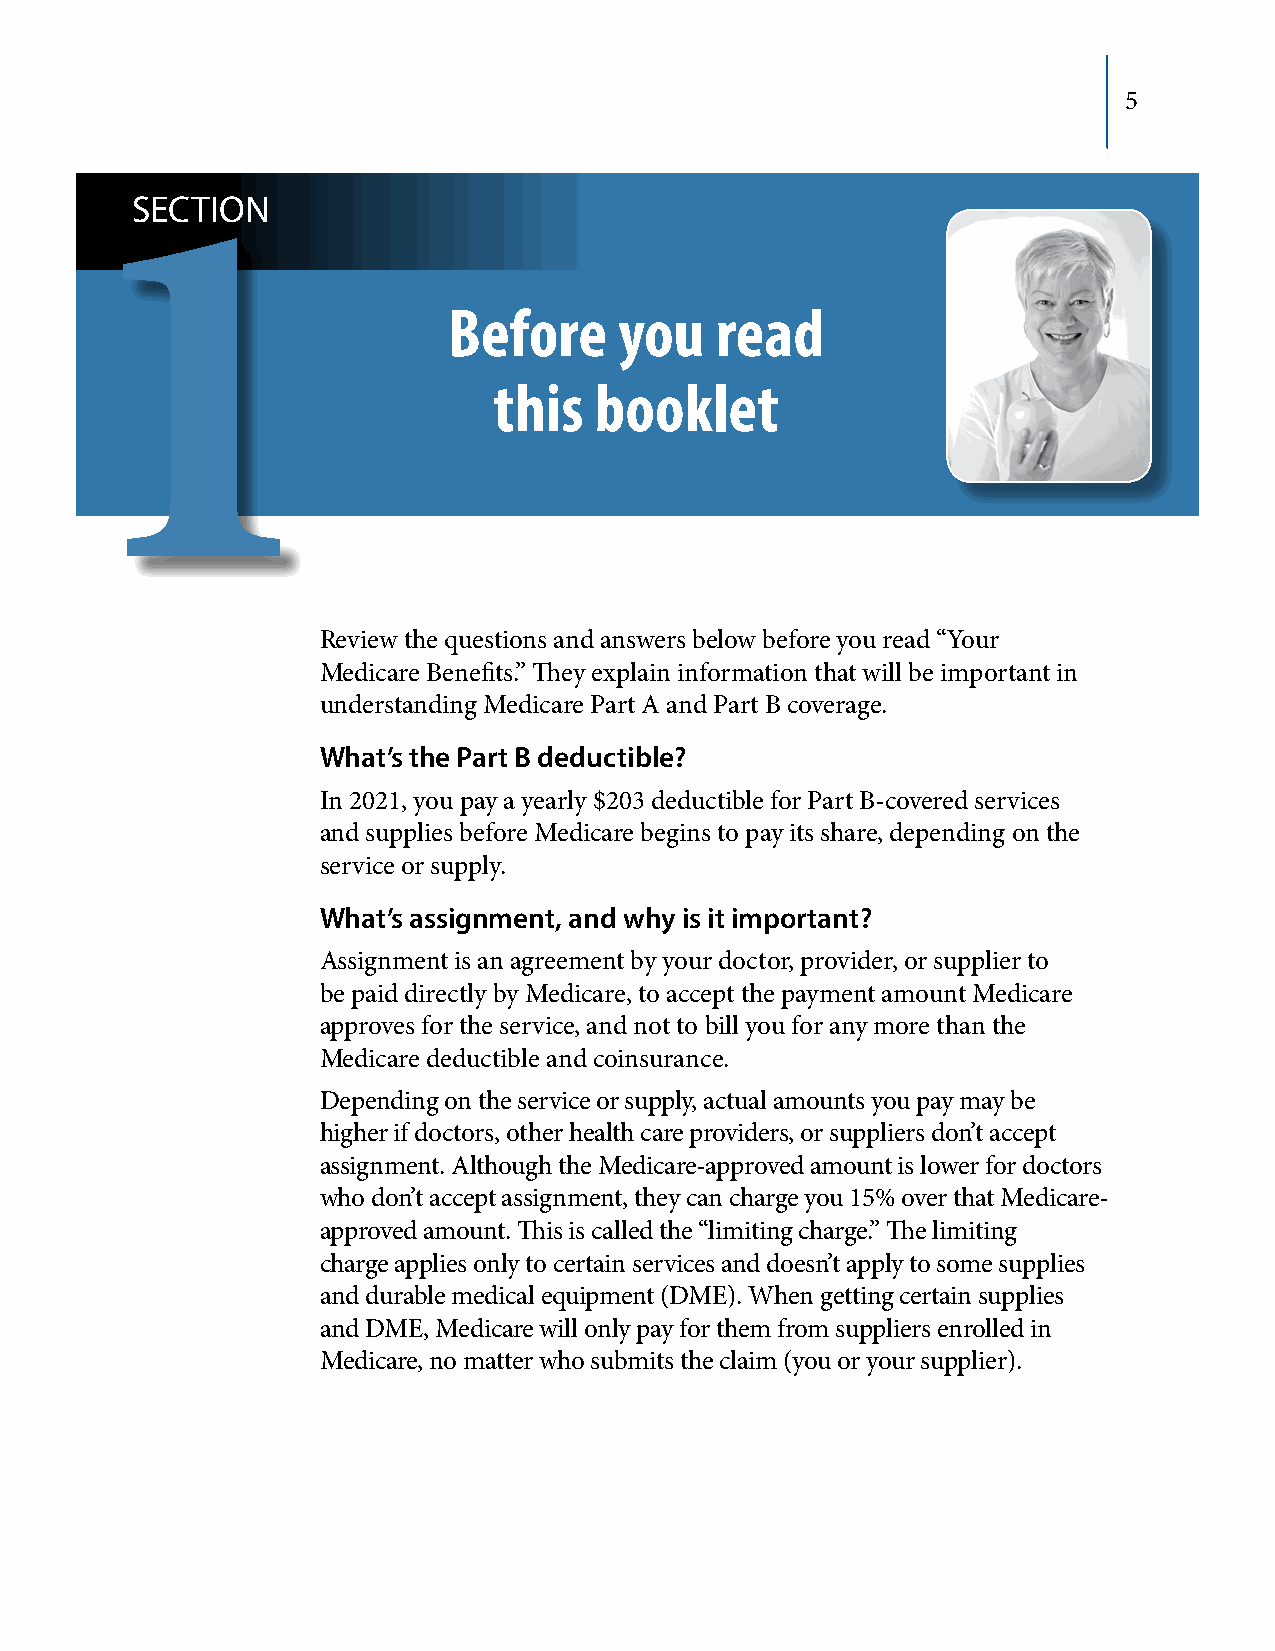
5
 SECTION
 1
 Before     you   read
 this  booklet
 Review the questions and answers below before you read “Your
 Medicare Benefits.” They explain information that will be important in
 understanding Medicare Part A and Part B coverage.
 What’s the Part B deductible?
 In 2021, you pay a yearly $203 deductible for Part B-covered services
 and supplies before Medicare begins to pay its share, depending on the
 service or supply.
 What’s assignment, and why is it important?
 Assignment is an agreement by your doctor, provider, or supplier to
 be paid directly by Medicare, to accept the payment amount Medicare
 approves for the service, and not to bill you for any more than the
 Medicare deductible and coinsurance.
 Depending on the service or supply, actual amounts you pay may be
 higher if doctors, other health care providers, or suppliers don’t accept
 assignment. Although the Medicare-approved amount is lower for doctors
 who don’t accept assignment, they can charge you 15% over that Medicare-
 approved amount. This is called the “limiting charge.” The limiting
 charge applies only to certain services and doesn’t apply to some supplies
 and durable medical equipment (DME). When getting certain supplies
 and DME, Medicare will only pay for them from suppliers enrolled in
 Medicare, no matter who submits the claim (you or your supplier).